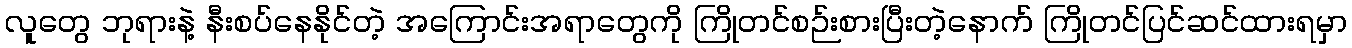
လူတွေ ဘုရားနဲ့ နီးစပ်နေနိုင်တဲ့ အကြောင်းအရာတွေကို ကြိုတင်စဉ်းစားပြီးတဲ့နောက် ကြိုတင်ပြင်ဆင်ထားရမှာ